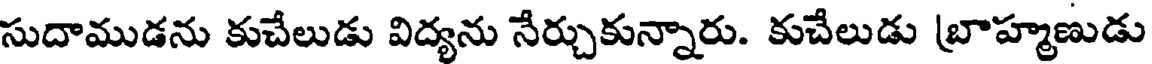
సుదాముడను కుచేలుడు విద్యను నేర్చుకున్నారు. కుచేలుడు బ్రాహ్మణుడు